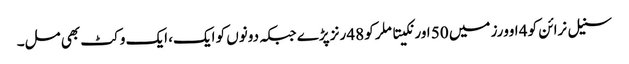
سنیل نرائن کو 4 اوورز میں 50 اور نکیتا ملر کو 48 رنز پڑے جبکہ دونوں کو ایک، ایک وکٹ بھی مل۔